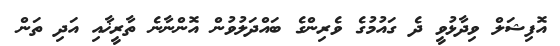
އޮފިޝަލް ވިދާޅުވީ ދެ ގައުމުގެ ވެރިންގެ ބައްދަލުވުން އޮންނާނެ ތާރީޚާއި އަދި ތަން